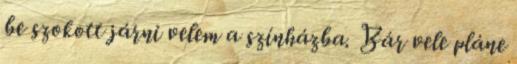
be szokott járni velem a színházba. Bár vele pláne